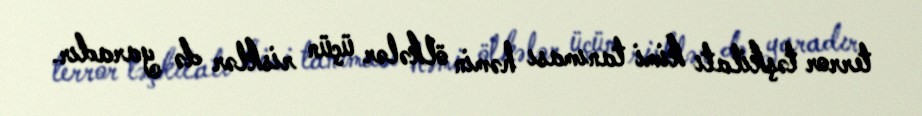
terror təşkilatı kimi tanıması həmin ölkələr üçün risklər də yaradır.